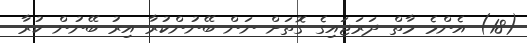
(18) އެންމެ މާތް ދަރަޖައިގެ ގޮތަށް ނަން ބޭނުންކުރާ އިރު ބޭނުން ކުރާ